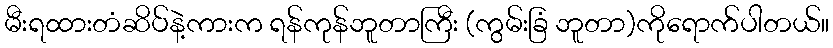
မီးရထားတံဆိပ်နဲ့ကားက ရန်ကုန်ဘူတာကြီး (ကွမ်းခြံ ဘူတာ)ကိုရောက်ပါတယ်။